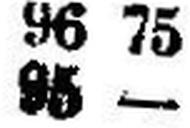
95 —